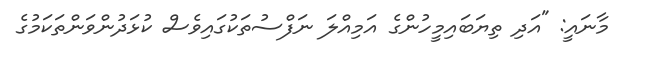
މާނައީ: "އަދި ތިޔަބައިމީހުންގެ އަމިއްލަ ނަފްސުތަކުގައިވެސް ކުޅަދުންވަންތަކަމުގެ